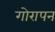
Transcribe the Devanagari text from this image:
गोरापन